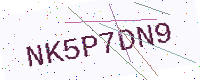
Text: NK5P7DN9